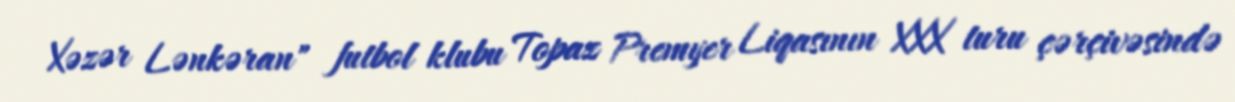
Xəzər Lənkəran" futbol klubu Topaz Premyer Liqasının XXX turu çərçivəsində